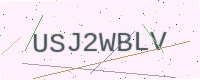
Text: USJ2WBLV